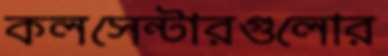
কলসেন্টারগুলোর